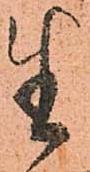
生